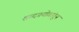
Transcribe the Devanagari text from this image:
शब्दप्रयोगांतून